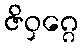
ဇိဝှဂ္ဂေ